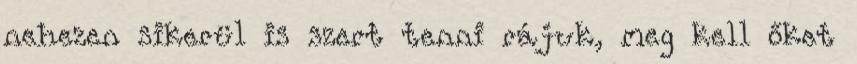
nehezen sikerül is szert tenni rájuk, meg kell őket